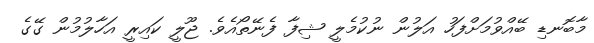
މާބޮނޑި ބޭއްވުމަށްފަހު އަލުން ނުކުމެލީ ޝިފާ ފެނޭތޯއެވެ. ޖޫލީ ކައިރީ އަހާލުމުން ގޭގެ